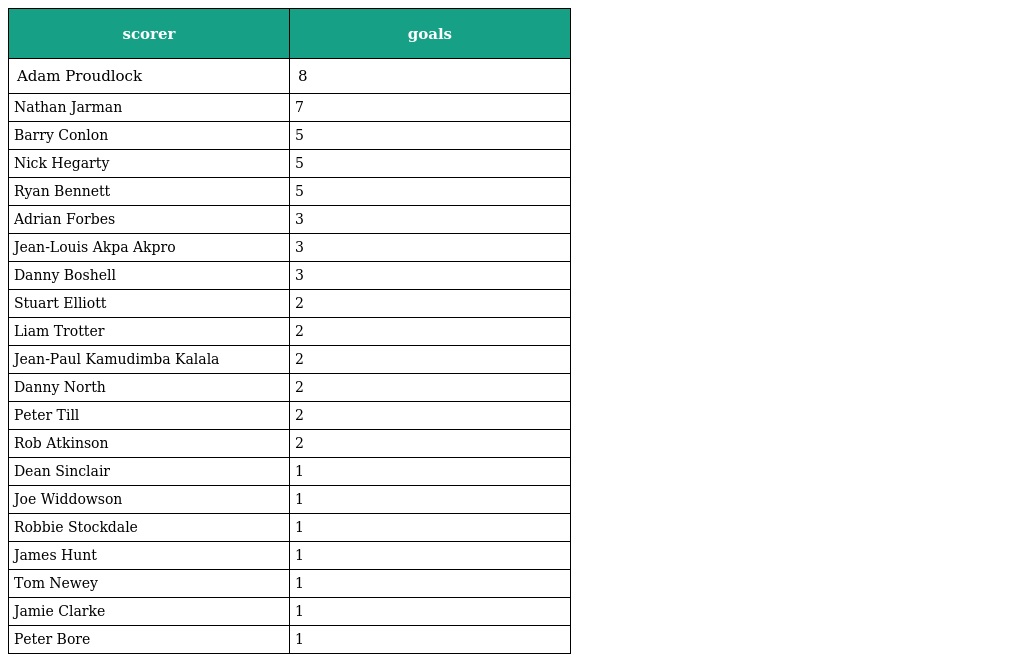
| scorer | goals |
 | --- | --- |
 | Adam Proudlock | 8 |
 | Nathan Jarman | 7 |
 | Barry Conlon | 5 |
 | Nick Hegarty | 5 |
 | Ryan Bennett | 5 |
 | Adrian Forbes | 3 |
 | Jean-Louis Akpa Akpro | 3 |
 | Danny Boshell | 3 |
 | Stuart Elliott | 2 |
 | Liam Trotter | 2 |
 | Jean-Paul Kamudimba Kalala | 2 |
 | Danny North | 2 |
 | Peter Till | 2 |
 | Rob Atkinson | 2 |
 | Dean Sinclair | 1 |
 | Joe Widdowson | 1 |
 | Robbie Stockdale | 1 |
 | James Hunt | 1 |
 | Tom Newey | 1 |
 | Jamie Clarke | 1 |
 | Peter Bore | 1 |